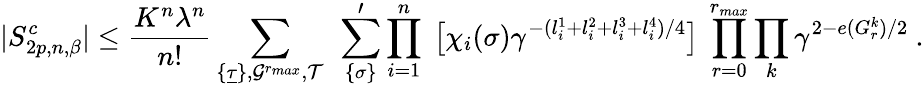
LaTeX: |S_{2p,n,\beta}^{c}|\le{\frac{K^{n}\lambda^{n}}{n!}}\sum_{\{ \underline{\tau}\} ,{\cal G}^{r_{max}},{\cal T}}\ \sum_{\{ {\sigma}\} }^{\prime}\prod_{i=1}^{n}\ \big[\chi_{i}({\sigma})\gamma^{-(l_{i}^{1}+l_{i}^{2}+l_{i}^{3}+l_{i}^{4})/4}\big]\ \prod_{r=0}^{r_{max}}\prod_{k}\gamma^{2-e(G_{r}^{k})/2}\ .